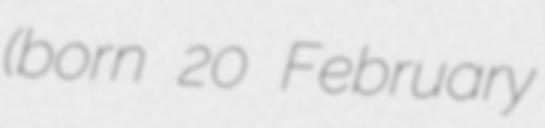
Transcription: (born 20 February